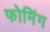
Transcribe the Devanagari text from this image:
फोमिंग